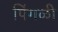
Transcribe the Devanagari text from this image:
पिंगळी